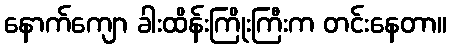
နောက်ကျော ခါးထိန်းကြိုးကြီးက တင်းနေတာ။